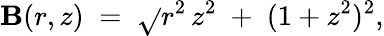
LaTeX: \mathbf{B}(r,z)\; =\; \sqrt{}{{r^{2}\, z^{2}\; +\; (1+z^{2})^{2}}},